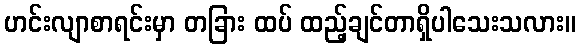
ဟင်းလျာစာရင်းမှာ တခြား ထပ် ထည့်ချင်တာရှိပါသေးသလား။